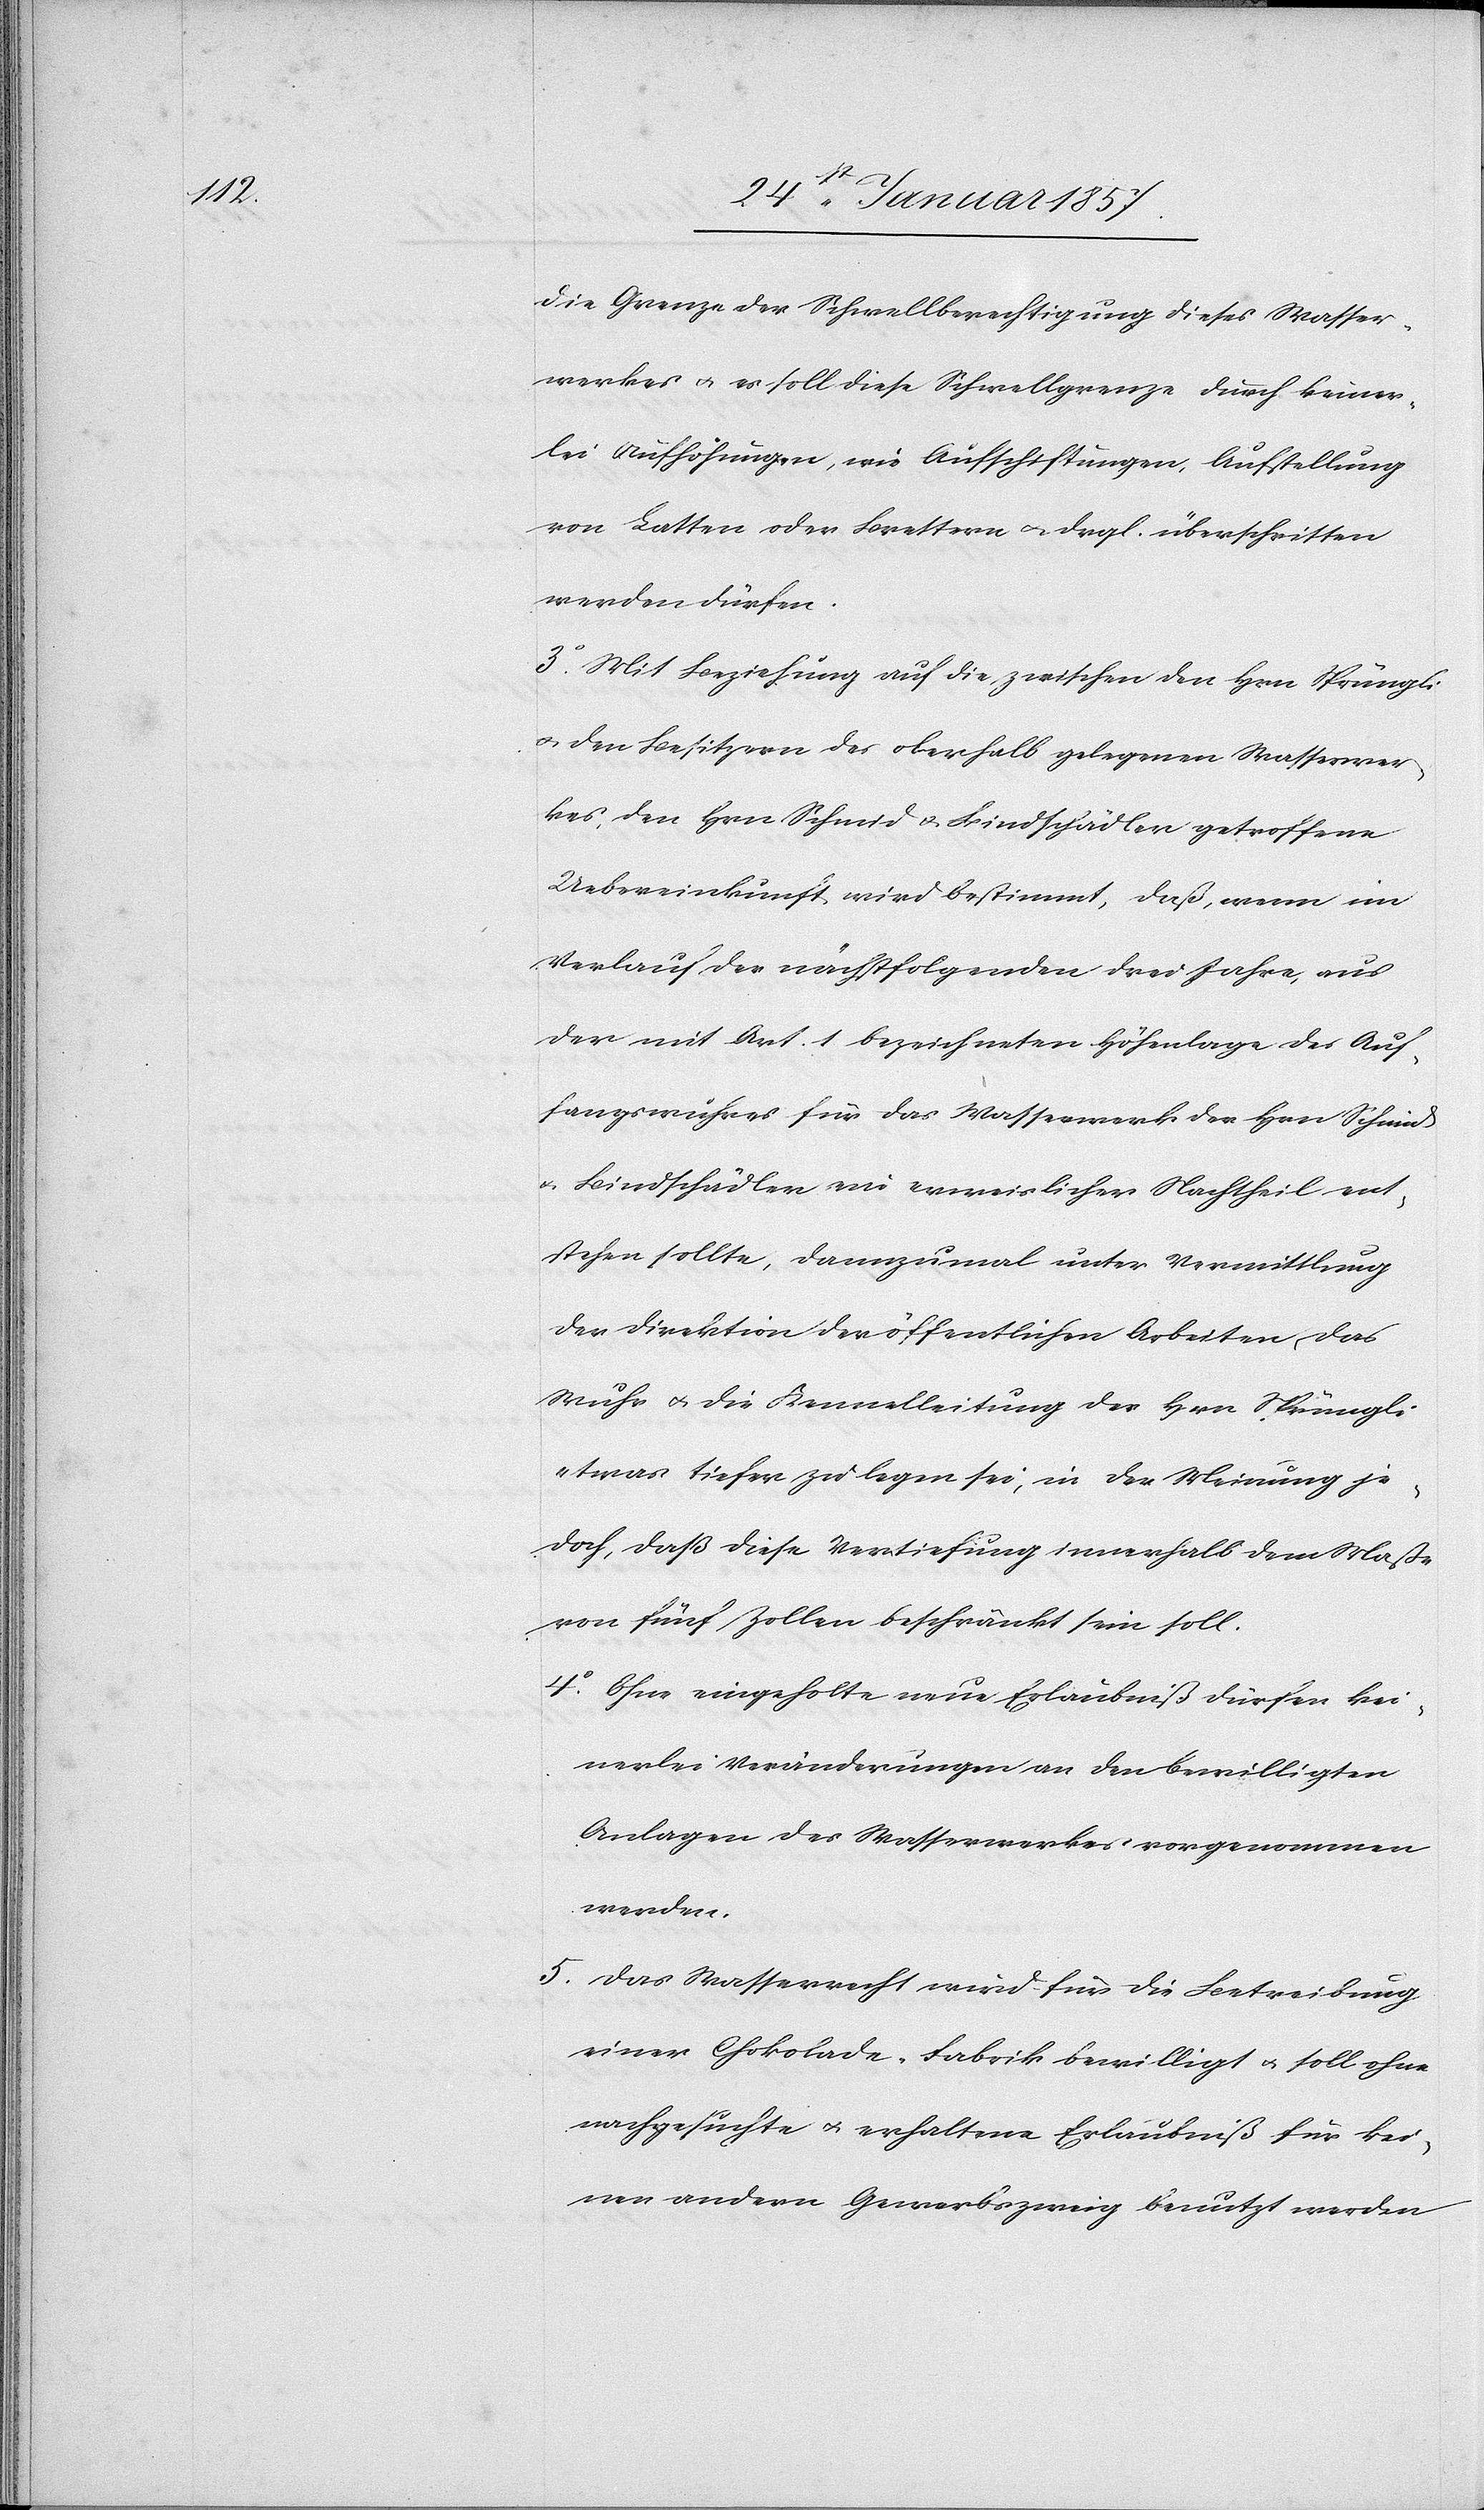
die Grenze der Schwellberechtigung dieser Wasser¬
werkes u. es soll diese Schwellgrenze durch keiner¬
lei Aufhöhungen, wie Aufschichtungen, Aufstellung
von Latten oder Brettern & drgl. überschritten
werden dürfen.
3. Mit Beziehung auf die zwischen den Hrn Sprüngli
& den Besitzern des oberhalb gelegenen Wasserwer¬
kes, den Hrn. Schmid & Bindschädler getroffene
Uebereinkunft, wird bestimmt, daß wenn im
Verlauf der nächstfolgenden drei Jahre aus
der mit Art. 1 bezeichneten Höhenlage des Auf¬
fangswuhres für das Wasserwerk der Hrn Schmid
& Bindschädler ein erweislicher Nachtheil ent¬
stehen sollte, dannzumal unter Vermittlung
der Direktion der öffentlichen Arbeiten, das
Wuhr & die Kannalleitung des Hrn Sprüngli
etwas tiefer zu legen sei, in der Meinung je¬
doch, daß diese Vertiefung innerhalb dem Maße
von fünf Zollen beschränkt sein soll.
4. Ohne eingeholte neue Erlaubniß dürfen kei¬
nerlei Veränderungen an den bewilligten
Anlagen des Wasserwerkes vorgenommen
werden.
5. Das Wasserrecht wird für die Betreibung
einer Chokolade-Fabrik bewilligt u. soll ohne
nachgesuchte u. erhaltene Erlaubniß für kei¬
nen andern Gewerbezweig benutzt werden